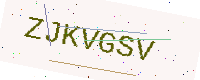
Text: ZJKVGSV